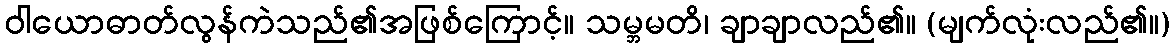
ဝါယောဓာတ်လွန်ကဲသည်၏အဖြစ်ကြောင့်။ သမ္ဘမတိ၊ ချာချာလည်၏။ (မျက်လုံးလည်၏။)